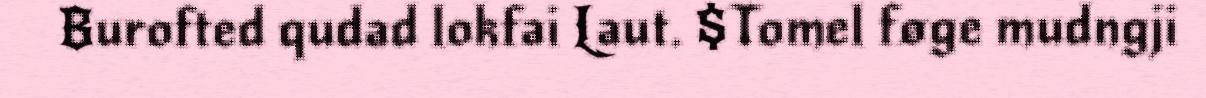
Burofted qudad lokfai Laut. $Tomel føge mudngji